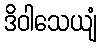
ဒိဝါသေယျံ